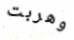
وهربت